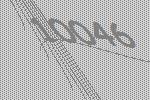
10046